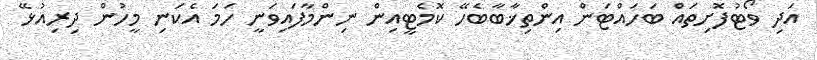
އަދި ވޯޓުފޮށިތައް ބަހައްޓަން އިންތިޚާބާބެހޭ ކޮމެޓީއިން ނިންމާފައިވަނީ ހަމަ އެކަނި މީހުން ދިރިއުޅޭ